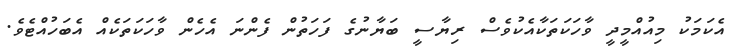
އެކަމަކު މިއުއްމީދީ ވާހަކަތަކާއެކުވެސް ރިޔާސީ ބަޔާނުގެ ފަހަތުން ފެންނަ އެހެން ވާހަކަތަކެއް އެބަހުއްޓެވެ.